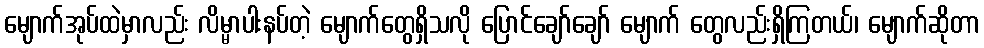
မျောက်အုပ်ထဲမှာလည်း လိမ္မာပါးနပ်တဲ့ မျောက်တွေရှိသလို ပြောင်ချော်ချော် မျောက် တွေလည်းရှိကြတယ်၊ မျောက်ဆိုတာ